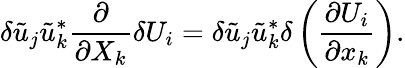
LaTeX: \delta\tilde{{u}}_{j}\tilde{{u}}_{k}^{*}\frac{\partial}{\partial X_{k}}\delta U_{i}=\delta\tilde{{u}}_{j}\tilde{{u}}_{k}^{*}\delta\left(\frac{\partial U_{i}}{\partial x_{k}}\right).